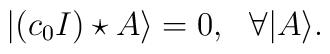
|(c_0I)\star A\rangle=0,\ \ \forall |A\rangle.